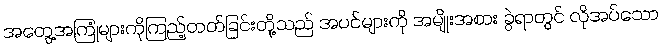
အတွေ့အကြုံများကိုကြည့်တတ်ခြင်းတို့သည် အပင်များကို အမျိုးအစား ခွဲရာတွင် လိုအပ်သော